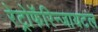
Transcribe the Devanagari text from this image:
रेट्रोफॅरिन्जायटल